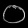
Digit: ၀